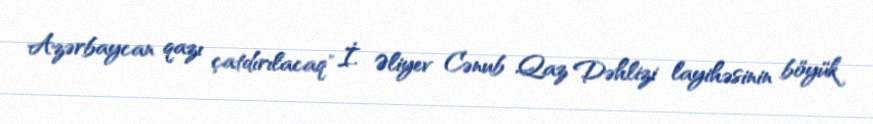
Azərbaycan qazı çatdırılacaq" İ. Əliyev Cənub Qaz Dəhlizi layihəsinin böyük